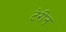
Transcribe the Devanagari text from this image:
टेरीन